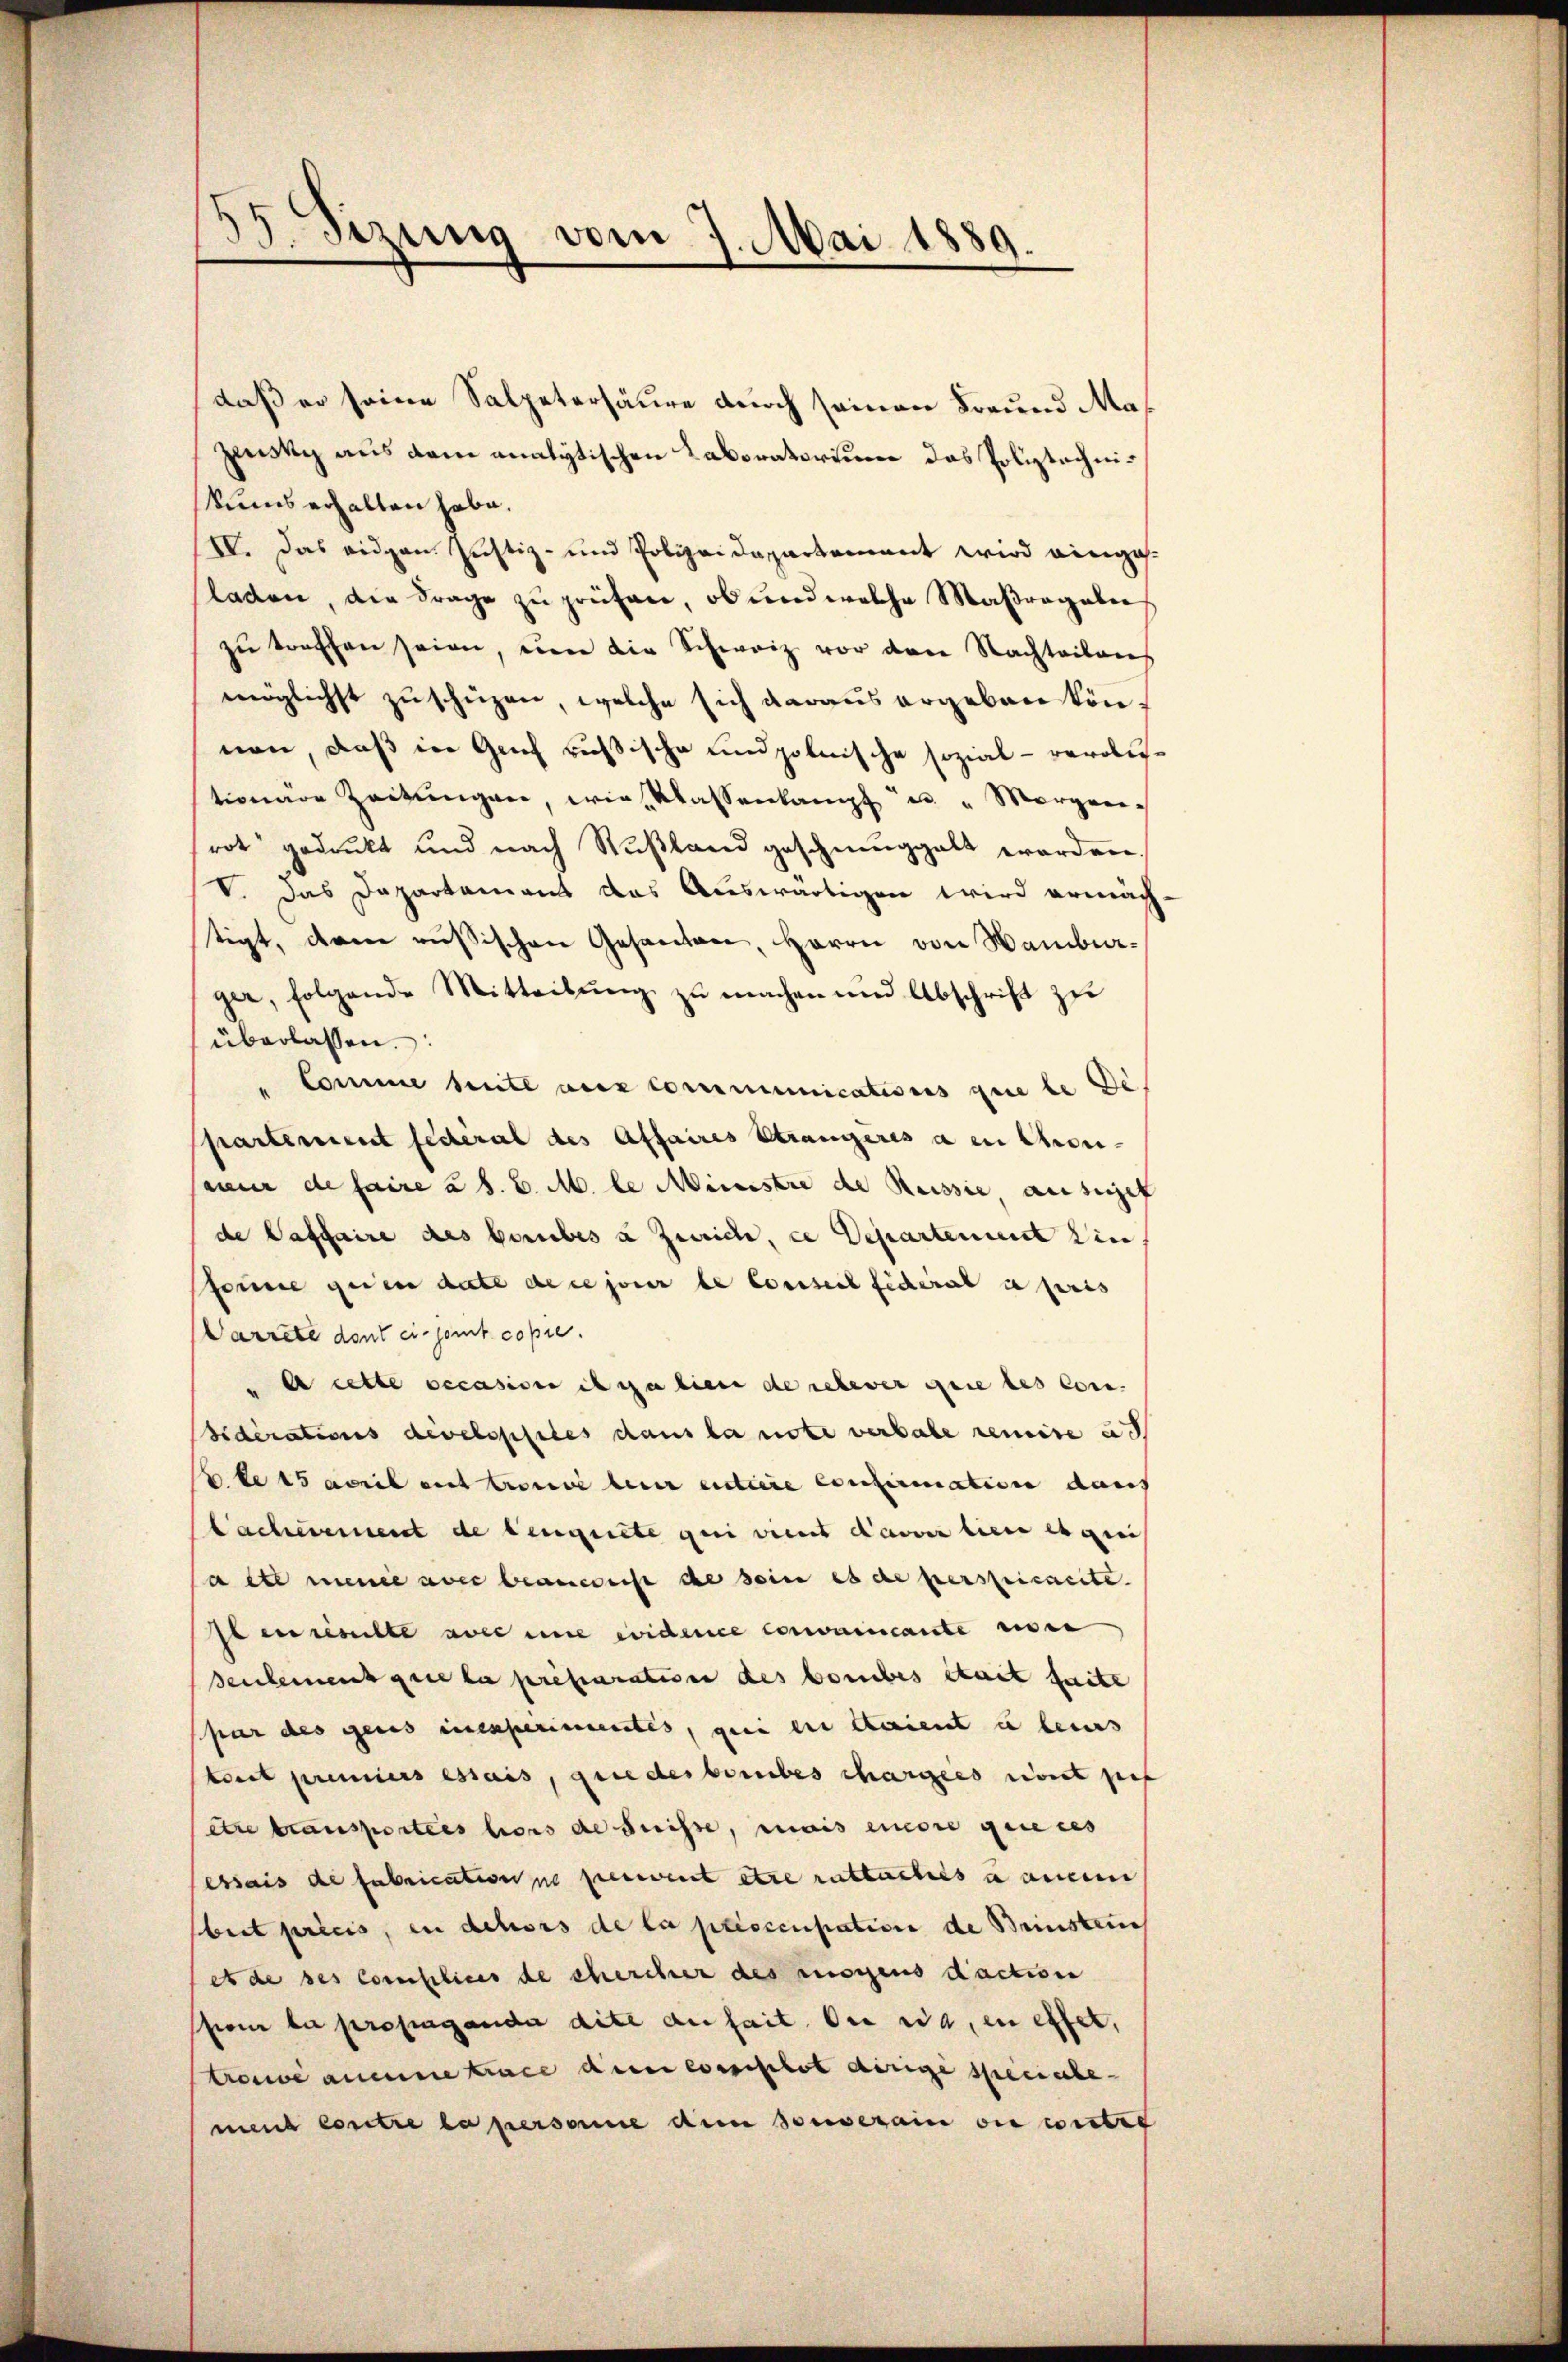
35. Sezung vom 7. Mai 1889.

daß er seine Salpetersäure durch seinen Freund Mazeistig aus dem analytischen Laboratorium das Poliztechnikums erhalten habe.
IV. Das eidgen. Justiz- und Polizeidepartement wird eingas-
sladen, die Frage zu prüfen, ob und welche Maßregalie
zŭ treffen seien, eine die Schweiz vor den Nachteilen
möglichst zuschüzen, welche sich daraus ergeben können, daß in Genf rußische und polnische sozial - verobetionare Zeitŭngen, wie Klassenkampf u " Morgen
rot gedruckt und nach Rußland geschmuggalt worden.
V. Das Dapartamens das Auswärtigen wird ermäch
tigt, dem russischen Gesanten, Herrn von Hamburger, folgende Mitteilŭng zŭ machen und Abschrift zŭ
überlassen.
" Comme heute aux communications que le de
partement fédéral des Affaires Strangeres à en Chronineur de faire à s. Z. M. le Ministre de Reissie ausgef
de Caffaire des beriebes u Zürich, ce Departement ein
forme geden date de ce jour le Conseil fiderat a pris
Warrete dont ein sont copie.
A cette occasion ih zu lieu de relever quie des con-
Siderations develspisiles dans la note verbale remise ad
blets april mit trouve leur entiere confirmation dans
Lacherement de leugnete qui viert dauer lieu et quis
a et meine avec beancrist de seine es de perspricacite.
Itenrente aber nie widere convaincante eisen
seulement que la préparation des bombes itaet faite
par des genes inesperimentes, gei ein Staient u leis
trait premiers essais, griederberbes chargers ont pos
itre transportes hiers de suisse, mais einere gere des
essais de fabrication ne percent etce rattachtes u angem
brit preis, in dehors de la presccupation de Brinstein
ede des Consilius de chercher des moyens daction
sion la propaganda dite anhait der war, in effet,
trone aneine trace anei consistot einige specialbe
nd Contre la personne dem Souverain die erster